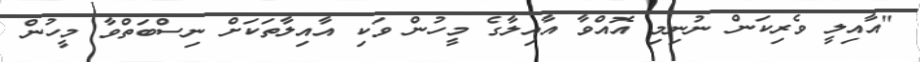
"އާއިލީ ވެރިކަން ނުނިމި އޮއްވާ އާއިލާގެ މީހުން ވަކި އާއިލާތަކަށް ނިސްބަތްވާ މީހުން